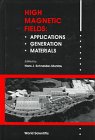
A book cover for High Magnetic Fields; H. J. Schneider-Muntau; Science & Math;